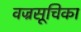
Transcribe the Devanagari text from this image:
वज्रसूचिका